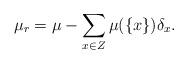
LaTeX: \begin{align*}\mu_r = \mu - \sum_{x \in Z} \mu (\{x\}) \delta_x.\end{align*}